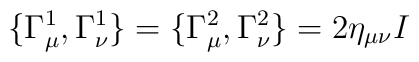
\{\Gamma^1_{\mu},\Gamma^1_{\nu}\}=\{\Gamma^2_{\mu},\Gamma^2_{\nu}\}=2\eta_{\mu\nu}I